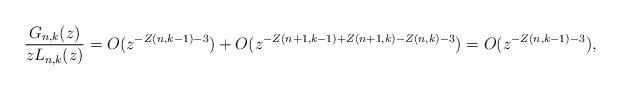
LaTeX: \begin{align*}\frac{G_{n,k}(z)}{z L_{n,k}(z)}=O(z^{-Z(n,k-1)-3})+O(z^{-Z(n+1,k-1)+Z(n+1,k)-Z(n,k)-3})=O(z^{-Z(n,k-1)-3}),\end{align*}